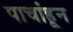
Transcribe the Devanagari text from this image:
पाचांहून